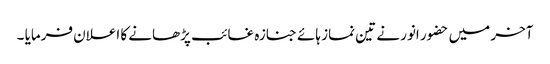
آخر میں حضور انور نے تین نماز ہائے جنازہ غائب پڑھانے کا اعلان فرمایا ۔